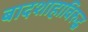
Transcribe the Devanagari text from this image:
बादशाहाविरुद्ध